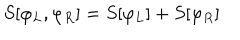
S [ \varphi _ { L } , \varphi _ { R } ] = S [ \varphi _ { L } ] + S [ \varphi _ { R } ]